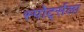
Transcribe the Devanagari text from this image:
स्पोर्ट्सला